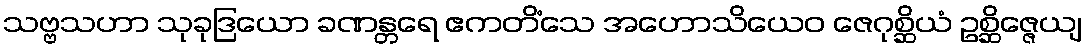
သဗ္ဗသဟာ သုခုဒြယော ခဏန္တရေ ဧကတိံသေ အဟောသိယေဝ ဇေဂုစ္ဆိယံ ဥစ္ဆိဇ္ဇေယျ